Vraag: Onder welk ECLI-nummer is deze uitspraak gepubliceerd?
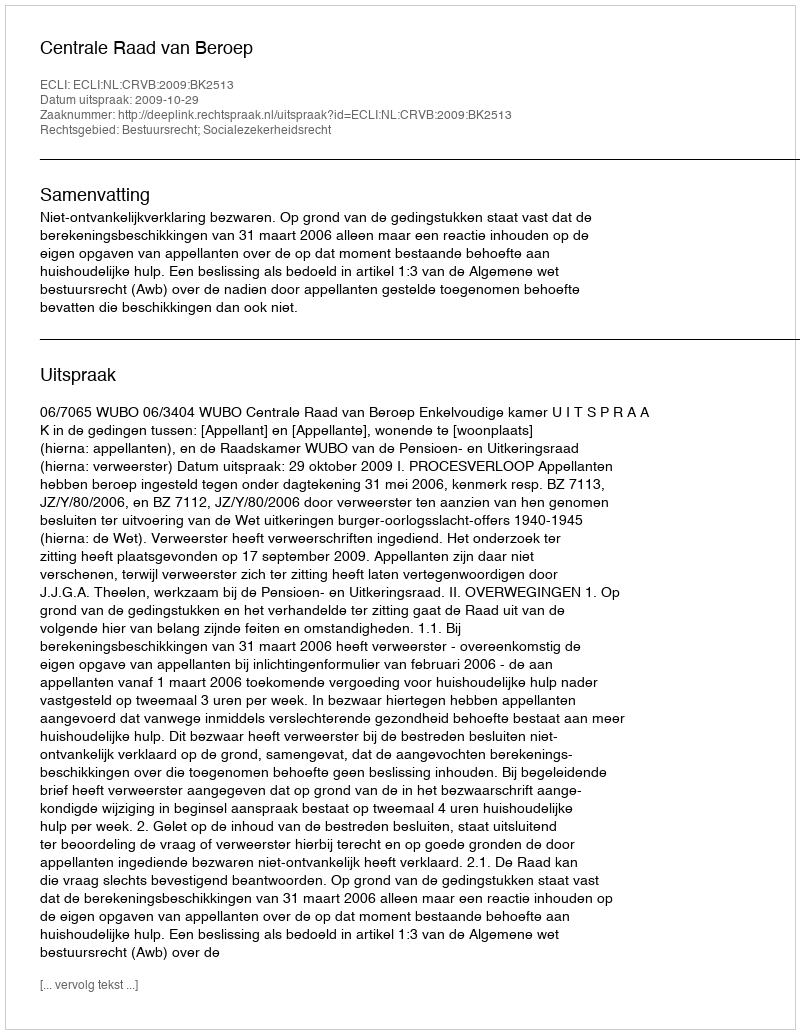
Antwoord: ECLI:NL:CRVB:2009:BK2513